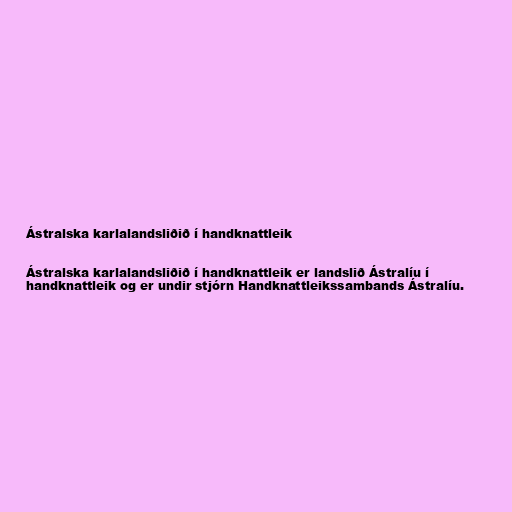
Ástralska karlalandsliðið í handknattleik

Ástralska karlalandsliðið í handknattleik er landslið Ástralíu í
handknattleik og er undir stjórn Handknattleikssambands Ástralíu.